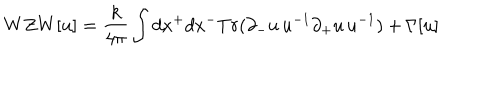
LaTeX: W Z W [ u ] = \frac { k } { 4 \pi } \int d x ^ { + } d x ^ { - } T r ( \partial _ { - } u \, u ^ { - 1 } \partial _ { + } u \, u ^ { - 1 } ) + \Gamma [ u ]